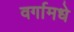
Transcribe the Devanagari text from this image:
वर्गामधे